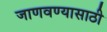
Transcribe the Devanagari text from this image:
जाणवण्यासाठी